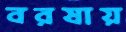
বরষায়